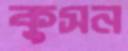
কুসন